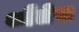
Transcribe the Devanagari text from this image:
थ्वैतेस